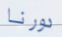
دورنا